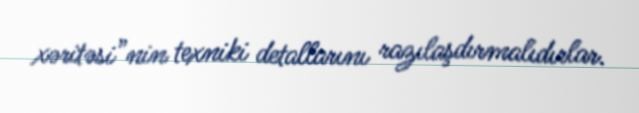
xəritəsi”nin texniki detallarını razılaşdırmalıdırlar.